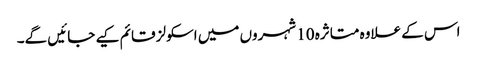
اس کے علاوہ متاثرہ 10 شہروں میں اسکولز قائم کیے جائیں گے۔